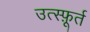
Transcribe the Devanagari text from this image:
उत्स्फ़ूर्त